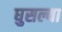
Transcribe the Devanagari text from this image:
घुसल्या